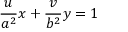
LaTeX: { \frac { u } { a ^ { 2 } } } x + { \frac { v } { b ^ { 2 } } } y = 1